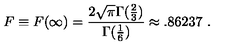
F \equiv F ( \infty ) = \frac { 2 \sqrt \pi \Gamma ( \frac { 2 } { 3 } ) } { \Gamma ( \frac { 1 } { 6 } ) } \approx . 8 6 2 3 7 \ .